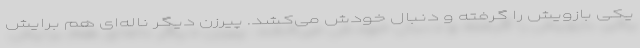
یکی بازویش را گرفته و دنبال خودش می‌کشد. پیرزن دیگر ناله‌ای هم برایش